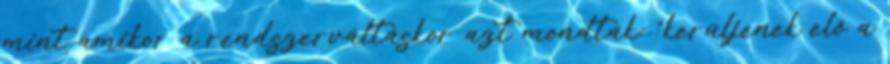
mint amikor a rendszerváltáskor azt mondták: “kerüljenek elő a